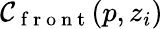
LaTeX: \mathcal{C}_{\mathrm{{~f~r~o~n~t~}}}(p,z_{i})